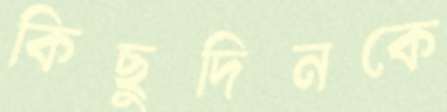
কিছুদিনকে